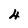
Character: 4